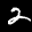
Label: 2